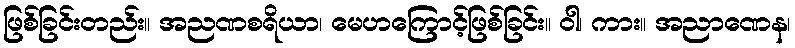
ဖြစ်ခြင်းတည်း။ အညဏစရိယာ၊ မေဟကြောင့်ဖြစ်ခြင်း။ ဝါ၊ ကား။ အညာဏေန၊